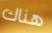
هناك